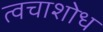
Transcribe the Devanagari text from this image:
त्वचाशोध